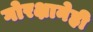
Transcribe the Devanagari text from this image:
गोरक्षानेही